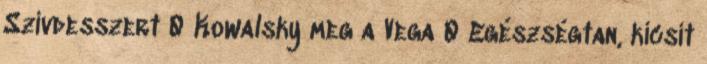
Szívdesszert 0 Kowalsky meg a Vega 0 Egészségtan, kicsit